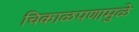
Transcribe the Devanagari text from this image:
चिकाळपणामुळे